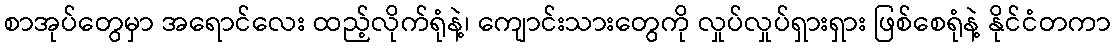
စာအုပ်တွေမှာ အရောင်လေး ထည့်လိုက်ရုံနဲ့၊ ကျောင်းသားတွေကို လှုပ်လှုပ်ရှားရှား ဖြစ်စေရုံနဲ့ နိုင်ငံတကာ